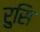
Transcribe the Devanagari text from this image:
रुसि